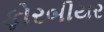
ફોરબીયર